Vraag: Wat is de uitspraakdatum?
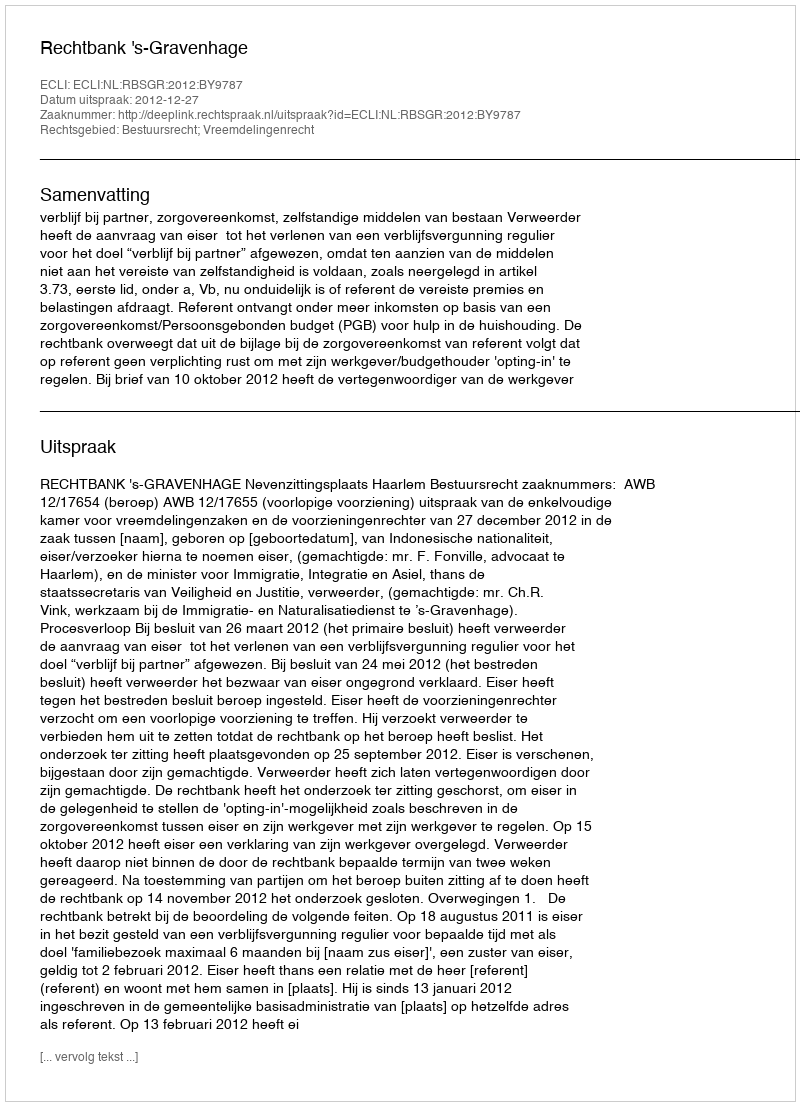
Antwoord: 2012-12-27